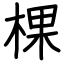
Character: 棵